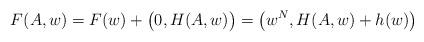
LaTeX: \begin{align*}F(A,w)=F(w)+\big(0,H(A,w)\big)=\big(w^N,H(A,w)+h(w)\big)\end{align*}